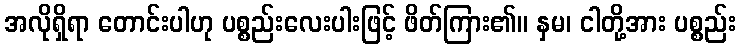
အလိုရှိရာ တောင်းပါဟု ပစ္စည်းလေးပါးဖြင့် ဖိတ်ကြား၏။ နှမ၊ ငါတို့အား ပစ္စည်း